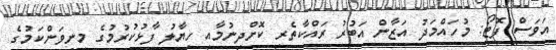
އަވަސް ފޮޓޯ: މުހައްމަދު އަޒާން އަބުރު ރައްކާތެރި ކޮށްދިނުމާއި ހިޔާލު ފާޅުކުރުމުގެ މިނިވަންކަމުގެ